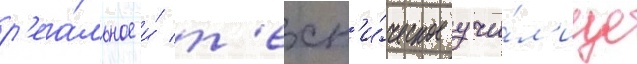
р'еа́льное и́ т'ехн'и́ческое учи́л'ище